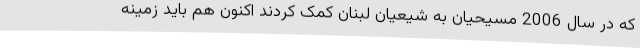
که در سال 2006 مسیحیان به شیعیان لبنان کمک کردند اکنون هم باید زمینه